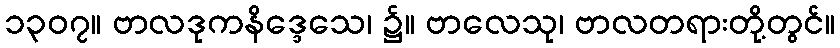
၁၃၀၇။ ဗာလဒုကနိဒ္ဒေသေ၊ ၌။ ဗာလေသု၊ ဗာလတရားတို့တွင်။